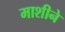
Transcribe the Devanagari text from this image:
माशीने